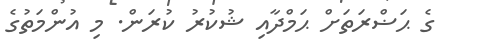
ގެ ޙަޟްރަތަށް ޙަމްދާއި ޝުކުރު ކުރަން. މި އުންމަތުގެ